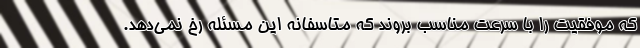
که موفقیت را با سرعت مناسب بروند که متاسفانه این مسئله رخ نمی‌دهد.